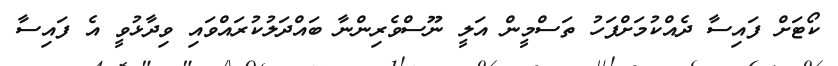
ކޯޓަށް ފައިސާ ދެއްކުމަށްފަހު ތަސްމީން އަލީ ނޫސްވެރިންނާ ބައްދަލުކުރައްވައި ވިދާޅުވީ އެ ފައިސާ